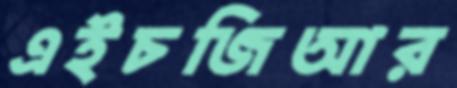
এইচজিআর